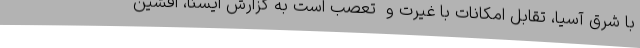
با شرق آسیا، تقابل امکانات با غیرت و  تعصب است به گزارش ایسنا، افشین